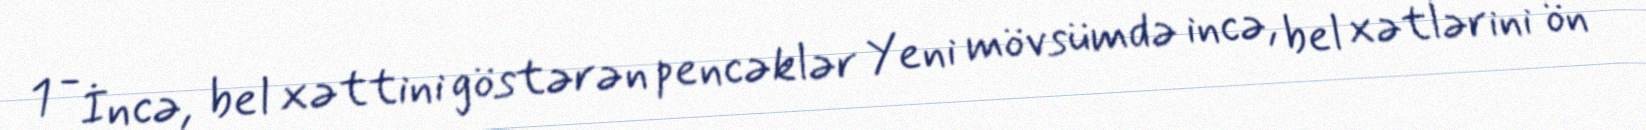
1 - İncə, bel xəttini göstərən pencəklər Yeni mövsümdə incə, bel xətlərini ön